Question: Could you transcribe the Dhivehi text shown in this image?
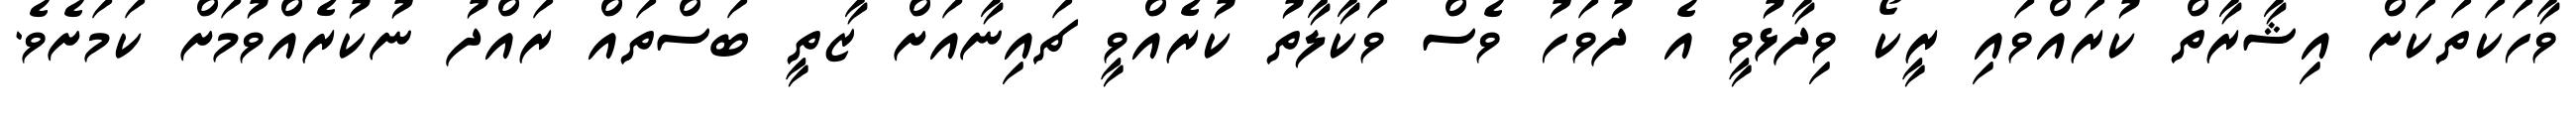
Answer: ވާހަކަތަކަށް އިޝާރާތް ކުރައްވައި ރީކޯ ވިދާޅުވީ އެ ދުވަހު ވެސް ވަކާލާތު ކުރެއްވީ ޗައިނާއަށް ޒާތީ ބަސްތައް ރައްދު ނުކުރެއްވުމަށް ކަމަށެވެ.